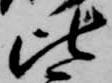
比